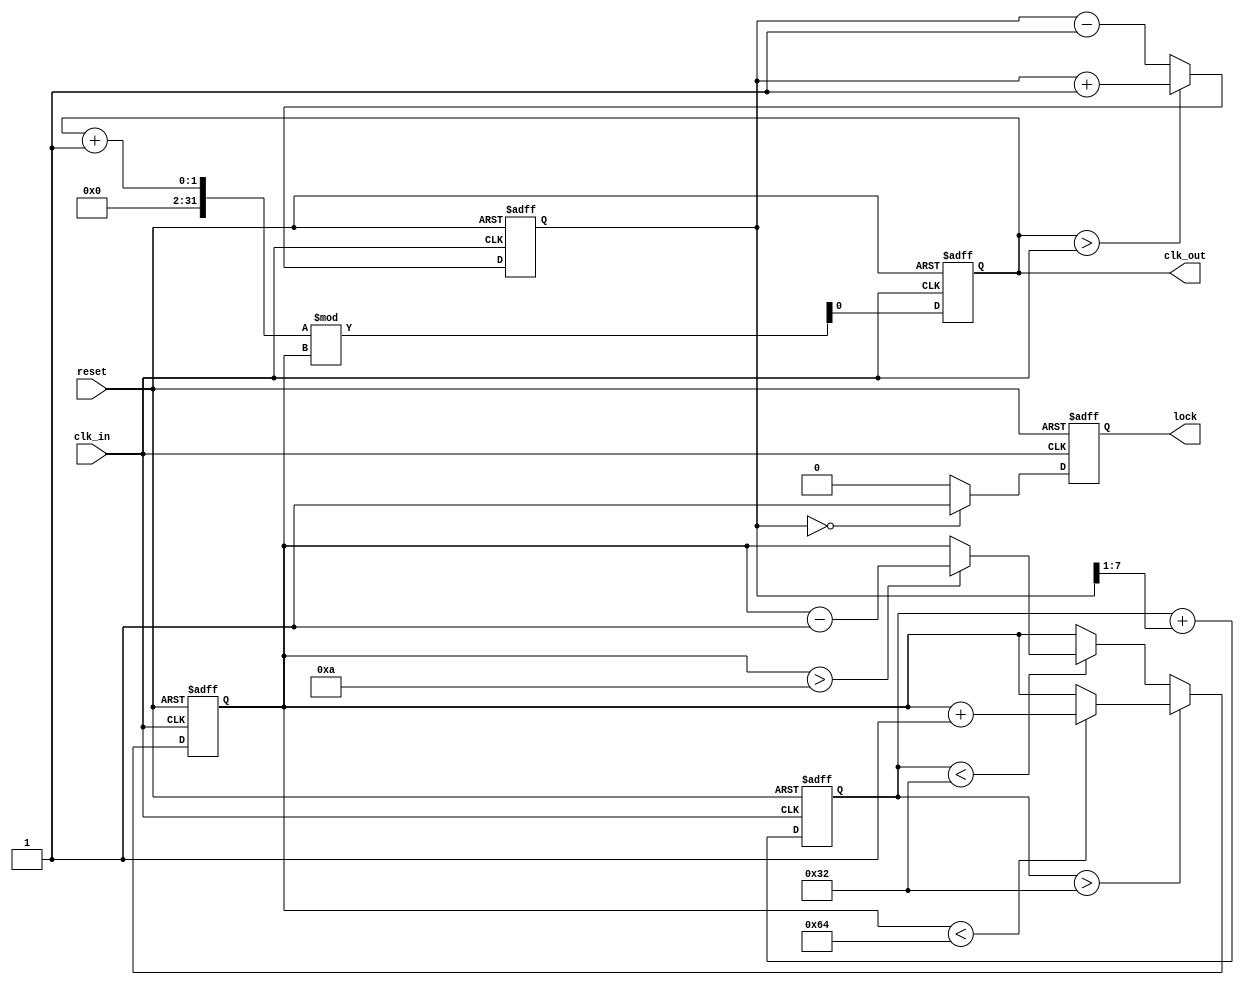
module pll_clock_recovery (
    input wire clk_in,        // Incoming data signal
    input wire reset,         // Reset signal
    output reg clk_out,       // Output clock signal
    output reg lock           // Lock indicator
);

    // Parameters for the loop filter and VCO
    parameter VCO_MAX_FREQ = 100; // Example max frequency of VCO
    parameter VCO_MIN_FREQ = 10;   // Example min frequency of VCO
    parameter VCO_STEP = 1;         // Frequency step change
    parameter MEM_DEPTH = 8;        // Memory depth for phase information

    reg [MEM_DEPTH-1:0] phase_memory; // Memory blocks for phase information
    reg [7:0] phase_error;        // Phase error signal
    reg [7:0] control_voltage;     // Control voltage for VCO
    reg [7:0] vco_freq;            // Current frequency of the VCO

    // Phase Detector (PD)
    always @(posedge clk_in or posedge reset) begin
        if (reset) begin
            phase_error <= 0;
        end else begin
            // Simple phase error calculation (example)
            phase_error <= (clk_out > clk_in) ? (phase_error + 1) : (phase_error - 1);
        end
    end

    // Loop Filter (LF)
    always @(posedge clk_in or posedge reset) begin
        if (reset) begin
            control_voltage <= 0;
        end else begin
            // Example first-order filter: control voltage smoothing
            control_voltage <= control_voltage + (phase_error >> 1);
        end
    end

    // Voltage-Controlled Oscillator (VCO)
    always @(posedge clk_in or posedge reset) begin
        if (reset) begin
            vco_freq <= VCO_MIN_FREQ;
        end else begin
            // Adjust frequency based on control voltage
            if (control_voltage > 50) begin
                if (vco_freq < VCO_MAX_FREQ)
                    vco_freq <= vco_freq + VCO_STEP;
            end else if (control_voltage < 50) begin
                if (vco_freq > VCO_MIN_FREQ)
                    vco_freq <= vco_freq - VCO_STEP;
            end
        end
    end

    // Output Clock Generation based on VCO frequency
    always @(posedge clk_in or posedge reset) begin
        if (reset) begin
            clk_out <= 0;
            lock <= 0;
        end else begin
            // Generate output clock signal based on VCO frequency
            // Simple example: toggle based on VCO frequency
            clk_out <= (clk_out + 1) % vco_freq;

            // Check lock condition
            if (phase_error == 0) begin
                lock <= 1;  // Locked condition
            end else begin
                lock <= 0;  // Not locked
            end
        end
    end

endmodule